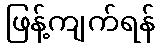
ဖြန့်ကျက်ရန်